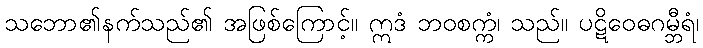
သဘော၏နက်သည်၏ အဖြစ်ကြောင့်။ ဣဒံ ဘဝစက္ကံ၊ သည်။ ပဋိဝေဓဂမ္ဘီရံ၊